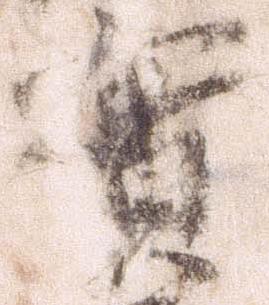
実